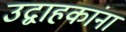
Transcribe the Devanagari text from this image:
उद्वाहकांना